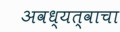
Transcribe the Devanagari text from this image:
अवध्यत्वाचा